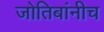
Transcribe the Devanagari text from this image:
जोतिबांनीच